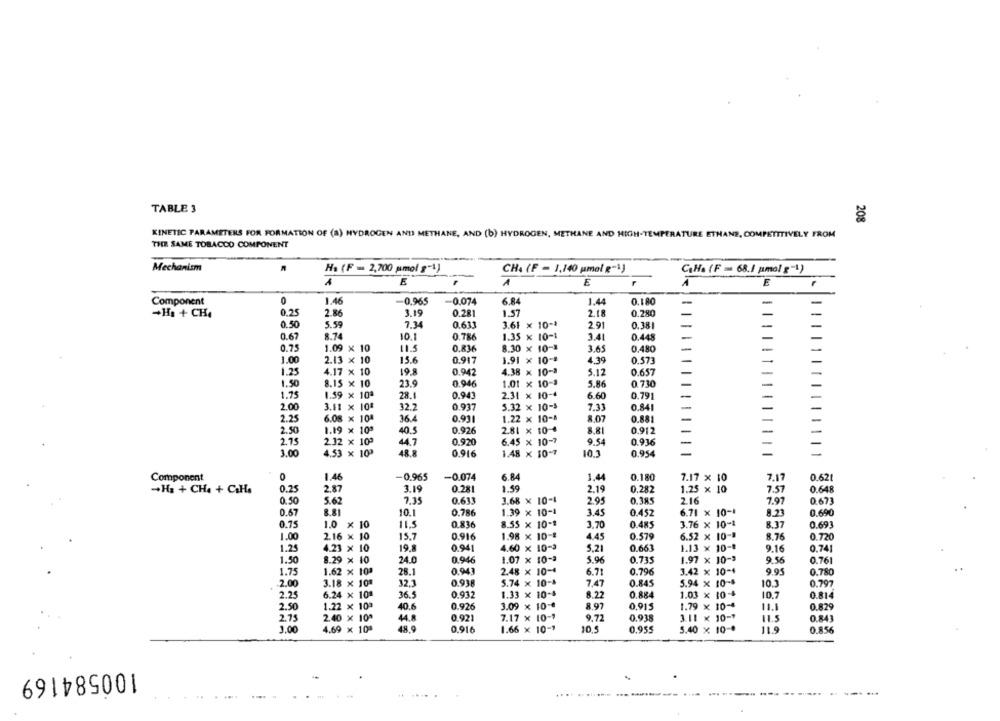
TABLE 3
208
KINETIC PARAMETERS FOR FORMATION OF (a) HYDROGEN AND METHANE, AND (b) HYDROGEN, METHANE AND HIGH-TEMPERATURE ETHANE, COMPETITIVELY FROM
THE SAME TOBACCO COMPONENT
Mechanism
Ha (F = 2,700 pmol g"1)
CHA (F - 1,140 pmol g-1)
C.H. (F = 68.1 Mmol 8-1)
E
1
E
r
E
Component
0
1.46
-0.965
-0.074
6.84
1.44
0.180
+Ha + CH.
0.25
2.86
3.19
0.281
1.57
2.18
0.280
0.50
5.59
7.34
0.611
3.61 × 10-1
2.91
0.381
0.67
8.74
10.1
0.786
1.35 × 10-1
3.41
0.448
0.75
1.09 x 10
11.5
0.836
8.30 x 10-1
3.65
0.480
1.00
2.13 × 10
15.6
0.917
1.91 x 10 -*
4.39
0.573
1.25
4.17 × 10
19.8
0.942
4.38 × 10-3
5.12
0.657
1.50
8.15 × 10
23.9
0.946
1.01 × 10-3
5.86
0.730
1.75
1.59 x 10ª
28.1
0.943
2.31 × 10-4
6.60
0.791
2.00
3.11 x 10ª
32.2
0.937
5.32 × 10-5
7.33
0.841
2.25
6.08 x 104
XXX
36.4
0.91
1.22 x 10-1
8.07
0.881
2.50
1.19 x 10º
40.5
0.926
2.81 × 10-4
8.81
0.912
2.32 x 100
2.75
44.7
0.920
6.45 × 10-7
9.54
0.936
3.00
4.53 x 103
48.8
0.916
1.48 x 10-7
10.3
0.954
0
1.46
-0.965
-0.074
6.84
7.17 x 10
Component
1.44
0.180
7.17
0.621
-H3 + CH4 + CHo
0.25
2.87
3.19
0.28
1.59
2.19
0.282
1.25 × 10
7.57
0.648
0.50
5.62
7.35
0.633
3.68 × 10-1
2.95
0.385
2.16
7.97
0.673
0.67
8.81
10.1
0.786
1.39 x 10-1
3.45
6.71 x 10-1
0.690
0.452
8.23
0.75
1.0 × 10
11.5
0.836
8.55 × 10 -*
3.70
0.485
3.76 x 10-1
8.37
0.691
1.00
2.16 x 10
15.7
0.916
1.98 x 10-8
4.45
0.579
6.52 x 10-8
8.76
0.720
1.25
4.23 × 10
19.8
0.941
4.60 x 10-3
5.21
0.661
1.13 × 10-1
9.16
0.741
1.50
8.29 × 10
24.0
0.946
1.07 x 10-2
5.96
0.735
1.97 x 10-3
9.56
0.761
0.943
6.71
1.75
1.62 x 10ª
28.1
2.48 × 10-4
0.796
3.42 × 10-4
9.95
0.780
2.00
3.18 x 10ª
32,3
0.938
5.74 x 10-4
7.47
0.845
5.94 x 10-4
10.3
0.797
2.25
6.24 x 10ª
36.5
0.932
1.33 × 10-4
8.22
0.884
1.03 x 10-4
10.7
0.814
2.50
1.22 × 10ª
40.6
0.926
3.09 × 10-€
8.97
0.915
1.79 x 10-4
11.1
0.829
2.75
2.40 x 10"
XXXXXXX
44.8
0.921
7.17 x 10-1
9.72
0.938
3.11 x 10-1
11.5
0.843
4.69 x 10ª
48.9
5.40 x 10-0
11.9
1.00
0.916
1.66 x 10-7
10.5
0.955
0.856
100584169